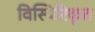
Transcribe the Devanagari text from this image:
विस्थिरिकृत